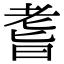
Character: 𦓀